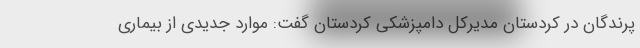
پرندگان در کردستان مدیرکل دامپزشکی کردستان گفت: موارد جدیدی از بیماری